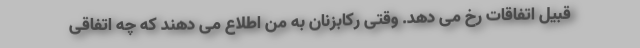
قبیل اتفاقات رخ می دهد. وقتی رکابزنان به من اطلاع می دهند که چه اتفاقی